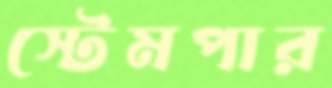
স্টেমপার